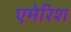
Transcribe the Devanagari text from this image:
एमेरिश